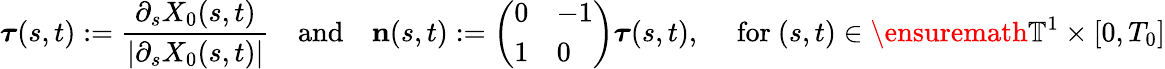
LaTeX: {\boldsymbol{\tau}}(s,t):=\frac{\partial_{s}X_{0}(s,t)}{|\partial_{s}X_{0}(s,t)|}\quad\mathrm{and}\quad\mathbf{n}(s,t):=\left(\begin{array}{ll}{0}&{-1}\\ {1}&{0}\end{array}\right){\boldsymbol{\tau}}(s,t),\quad\mathrm{~for~}(s,t)\in\ensuremath{\mathbb{T}}^{1}\times[0,T_{0}]